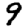
Digit: 9